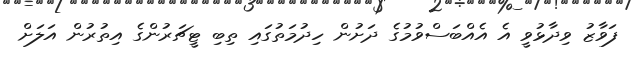
ފަވާޒު ވިދާޅުވީ އެ އެއްބަސްވުމުގެ ދަށުން ހިދުމަތުގައި ތިބި ޓީޗަރުންގެ އިތުރުން އަލަށް